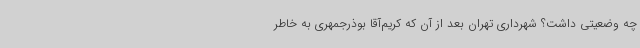
چه وضعیتی داشت؟ شهرداری تهران بعد از آن که کریم‌آقا بوذرجمهری به ‌خاطر